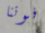
فوتنا